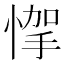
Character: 𢝟